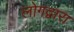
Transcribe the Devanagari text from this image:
लोगद्वारा